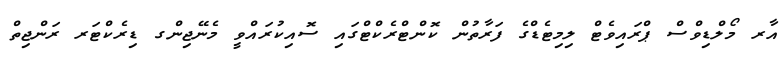
އާރ މޯލްޑިވްސް ޕްރައިވެޓް ލިމިޓެޑްގެ ފަރާތުން ކޮންޓްރެކްޓްގައި ސޮއިކުރައްވީ މެނޭޖިންގ ޑިރެކްޓަރ ރަންޖިތް